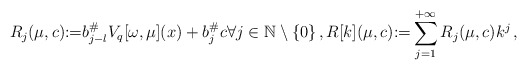
\begin{align*}&R_j(\mu,c){:=} {b^\#_{j-l}} V_{q}[\omega, \mu](x) + {b^\#_j} c\forall j \in \mathbb{N}\setminus \{0\}\, ,R[k](\mu,c){:=} \sum_{j=1}^{+\infty}R_j(\mu,c)k^j\, ,\end{align*}